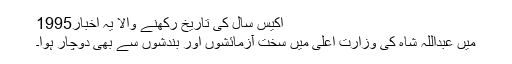
اکیس سال کی تاریخ رکھنے والا یہ اخبار1995
میں عبداللہ شاہ کی وزارت اعلیٰ میں سخت آزمائشوں اور بندشوں سے بھی دوچار ہوا۔